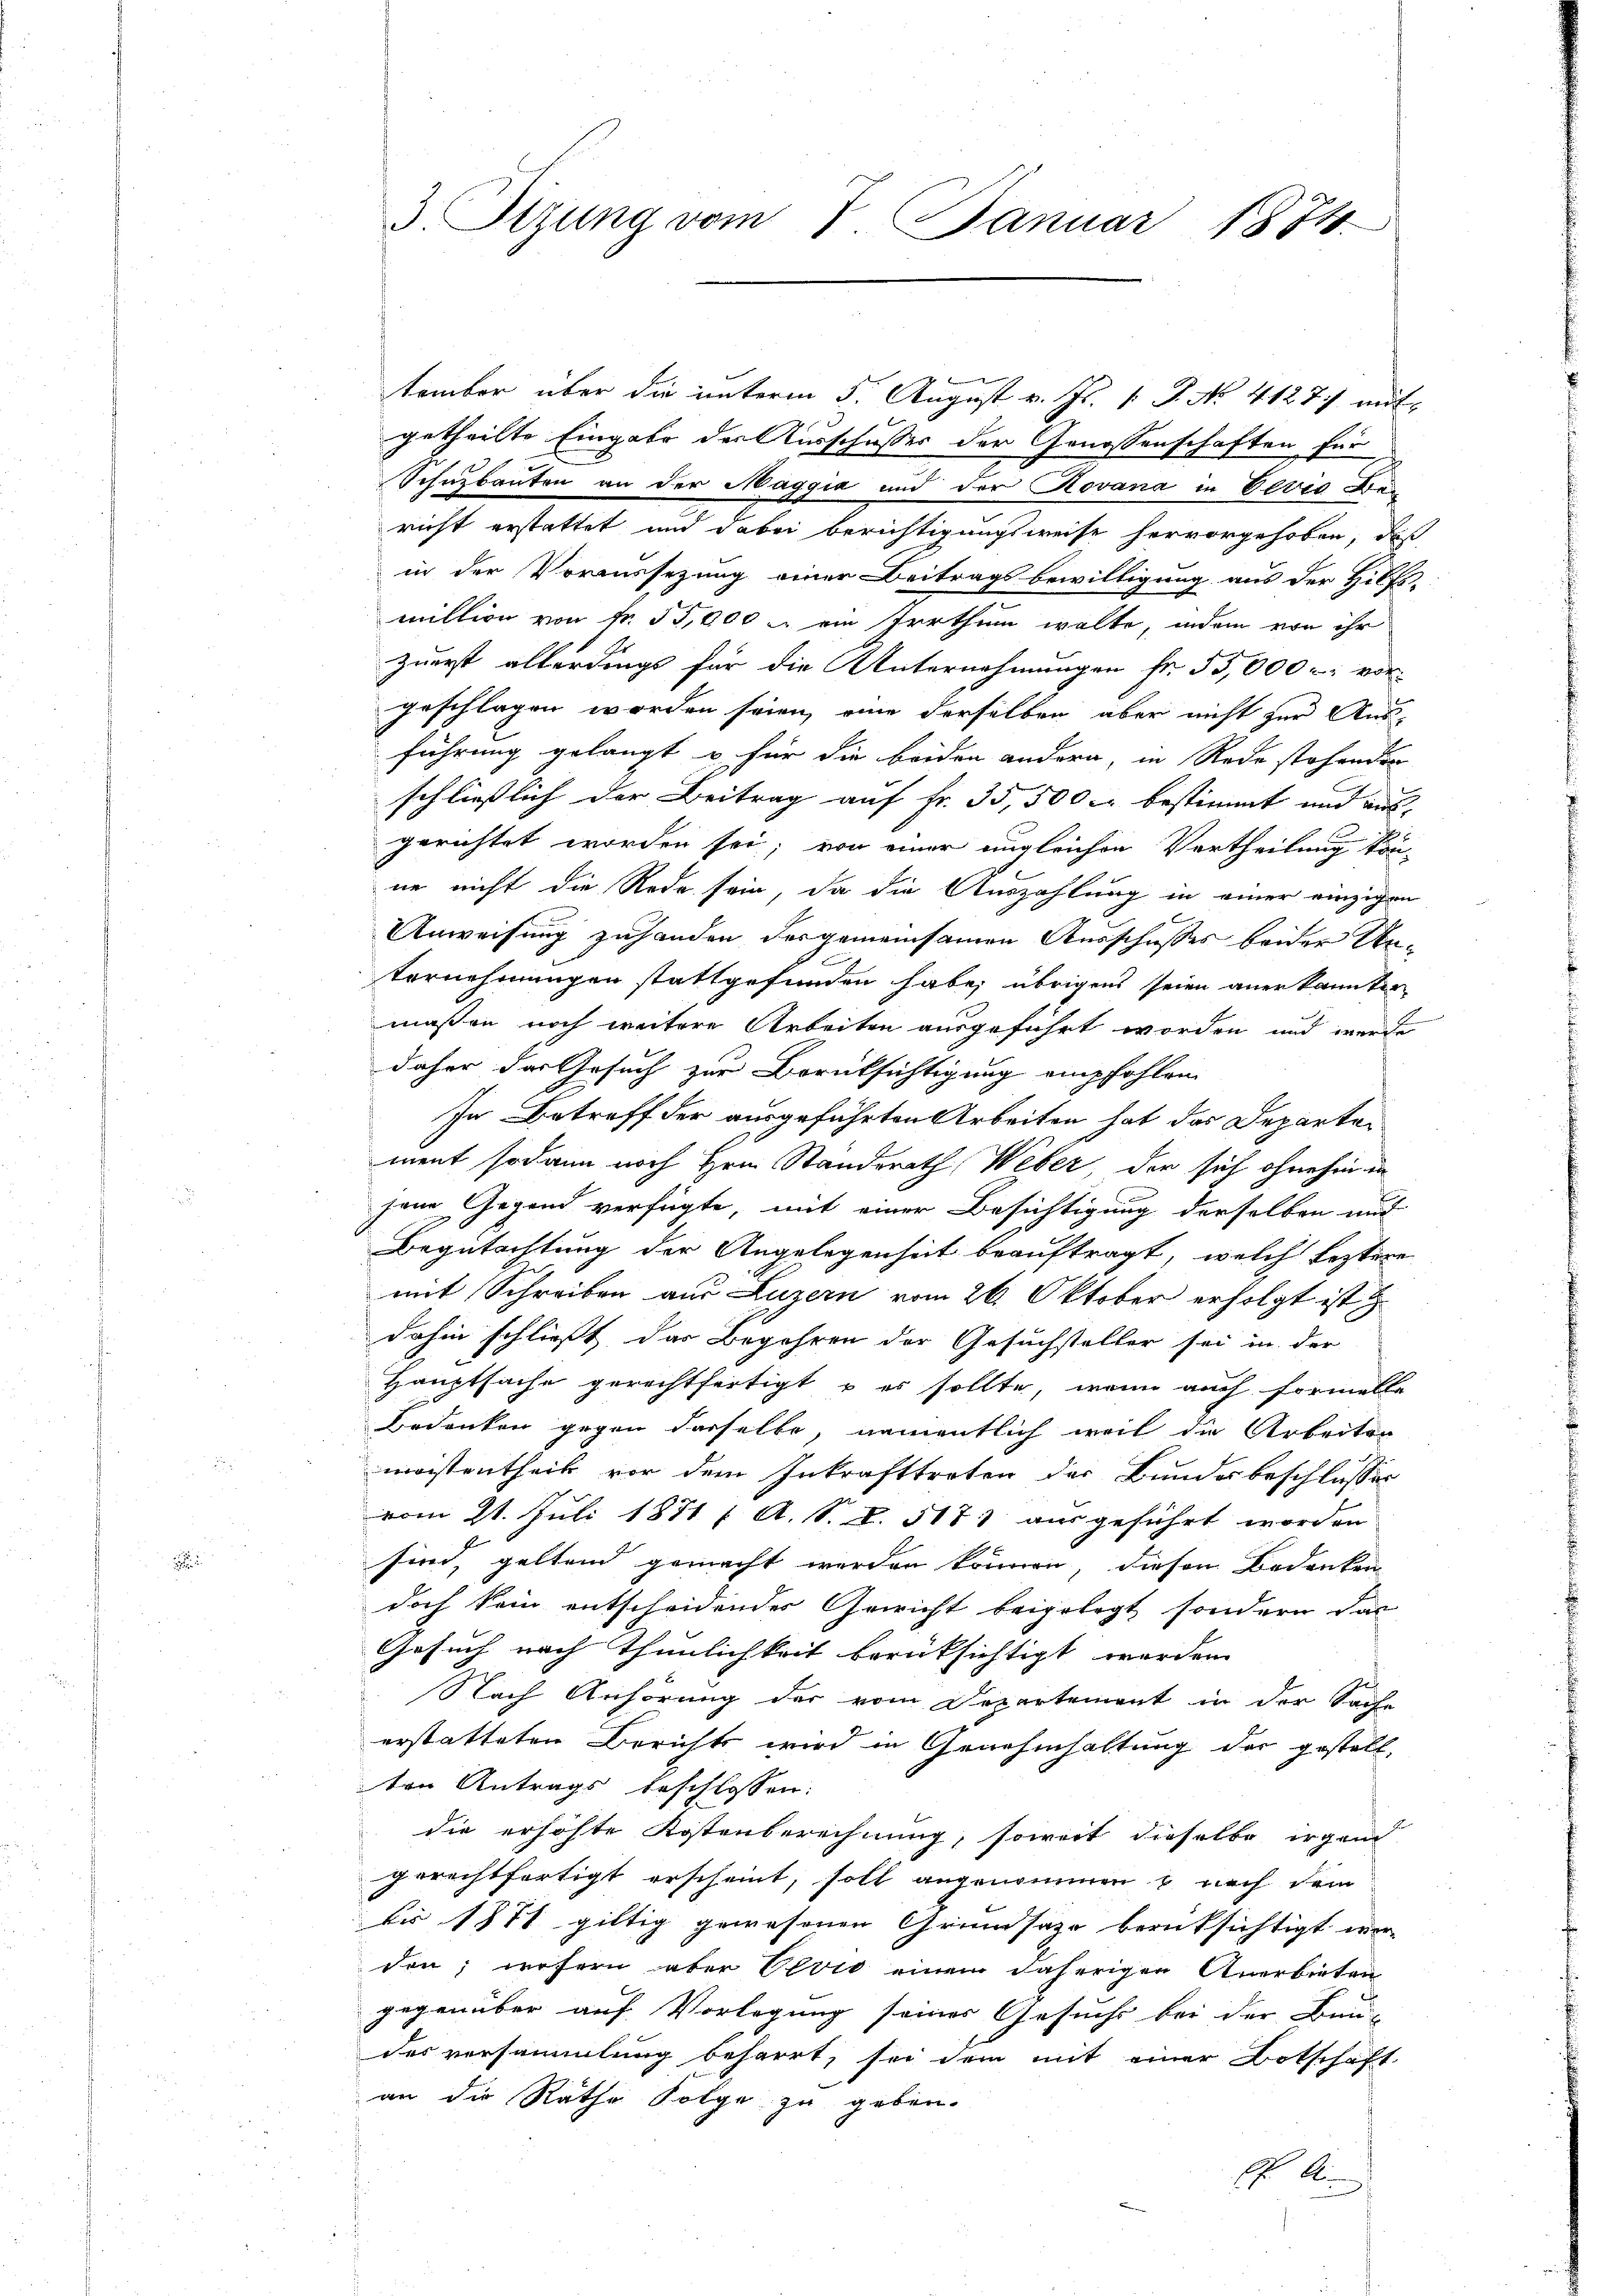
3. Tizung vom 7. Januar 1874

e
tember über die unterm 5. August v. Js. 1 P. No. 4127 mit
getheilte Eingabe der Ausschusses der Genossenschaften für
Schuzbauten an der Maggia und der Rovana in Devio Ber
richt erstattet und dabei berichtigungsweise hervorgehoben, daß
in der Voraussetzung einer Beitrags bewilligung aus der Hilfs-
million von Fr. 55,000 u. ein Irrthum wolte, indem von ihr
zuerst allerdings für die Unternehmungen fr. 55,000 r. vorgeschlagen worden seien, eine derselben aber nicht zur Aus-
führung gelangt u. für die beiden andern, in Rede stehenden
schließlich der Beitrag auf Fr. 35,500 cr bestimmt und aus
gerichtet worden sei; von einer ungleichen Vertheilung kön-
ne nicht die Rede sein, da die Auszahlung in einer einzigen
Anweisung zuhanden der gemeinsamen Ausschusses beider Un¬
1.
Vernehmungen stattgefunden habe, übrigens seien anerkannten
maßen noch weitere Arbeiten ausgeführt worden und werde
daher das Gesuch zur Berücksichtigung empfohlen
In Betreff der ausgeführten Arbeiten hat das Departement sodann noch Hrn. Standsrath Weber der sich ohnehin in
jene Gegend verfügte, mit einer Besichtigung derselben au
Begutachtung der Angelegenheit beauftragt, welch leztere
mit Schreiben aus Luzern vom 26. Oktober erfolgt ist
dahin schließt das Begehren der Gesuchsteller sei in der
Hauptsache gerechtfertigt & es sollte, wenn auch formelle
Bedenken gegen derselbe, namentlich weil die Arbeiten
mostentheil vor dem Inkrafttreten der Bundesbeschlusses
vom 21. Juli 1871 f. A. S. S. 517) ausgeführt worden
sind, geltend gemacht werden können, diesen Bedenken
doch kein entscheidendes Gewicht beigelegt, sondern das
Gesuch nach Thunlichkeit berüksichtigt werden.
Nach Anhörung der vom Departement in der Sach-
erstatteten Berichts wird in Genehmhaltung der gestellten Antrags beschlossen:
die erhöhte Kostenberechnung, soweit dieselbe irgend
gerechtfertigt erscheint, soll angenommen u. nach dem
bis 1871 giltig gewesenen Grundsaze berüksichtigt wor-
den; wofern aber Olvio einem daherigen Anerbieten
gegenüber auf Vorlegung seines Gesuchs bei der Bau-
des versammlung beharrt, sei dem mit einer Botschaft
an die Rathe Folge zu geben.
 A